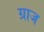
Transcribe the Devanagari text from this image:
ग्राज